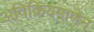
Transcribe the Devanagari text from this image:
अविक्रियमाणेन